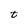
Character: t